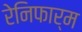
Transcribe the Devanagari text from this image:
रेनिफार्म